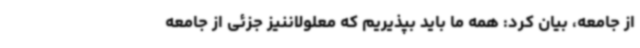
از جامعه، بیان کرد: همه ما باید بپذیریم که معلولاننیز جزئی از جامعه